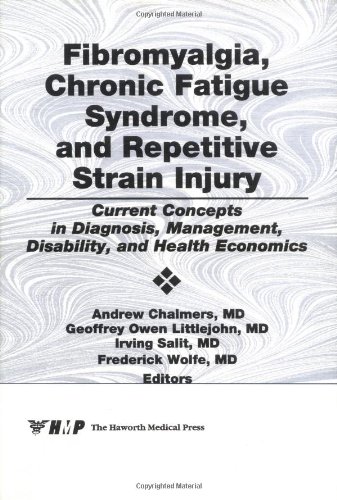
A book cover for Fibromyalgia, Chronic Fatigue Syndrome, and Repetitive Strain Injury: Current Concepts in Diagnosis, Management, Disability, and Health Economics (Journal of Skeletal Pain, Vol 3, No 2); Irwin J Russell; Health, Fitness & Dieting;